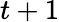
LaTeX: t+1